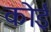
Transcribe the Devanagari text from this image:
कॊई